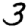
Digit: 3